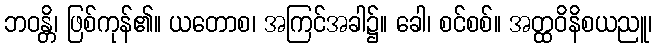
ဘဝန္တိ၊ ဖြစ်ကုန်၏။ ယတောစ၊ အကြင်အခါ၌။ ခေါ၊ စင်စစ်။ အတ္ထဝိနိစယညူ၊